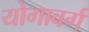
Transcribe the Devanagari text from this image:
योगावर्ग